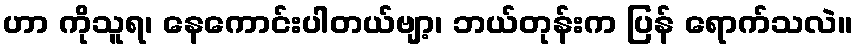
ဟာ ကိုသူရ၊ နေကောင်းပါတယ်ဗျာ့၊ ဘယ်တုန်းက ပြန် ရောက်သလဲ။